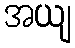
အယျ